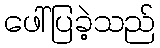
ဖေါ်ပြခဲ့သည်